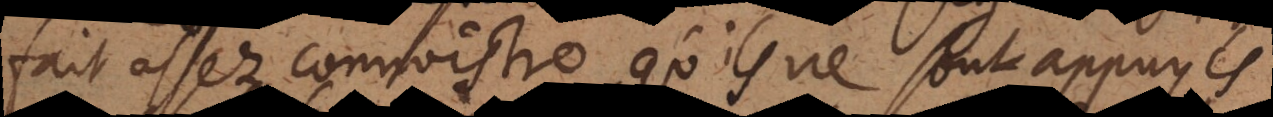
fait assez connoistre qu’ils ne sont appuyés